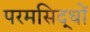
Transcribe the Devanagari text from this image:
परमसिद्धों